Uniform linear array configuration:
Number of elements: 4
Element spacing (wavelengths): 0.5
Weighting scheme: kaiser
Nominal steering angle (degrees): -30
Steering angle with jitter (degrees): -31.324
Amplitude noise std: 0.05
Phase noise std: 0.05

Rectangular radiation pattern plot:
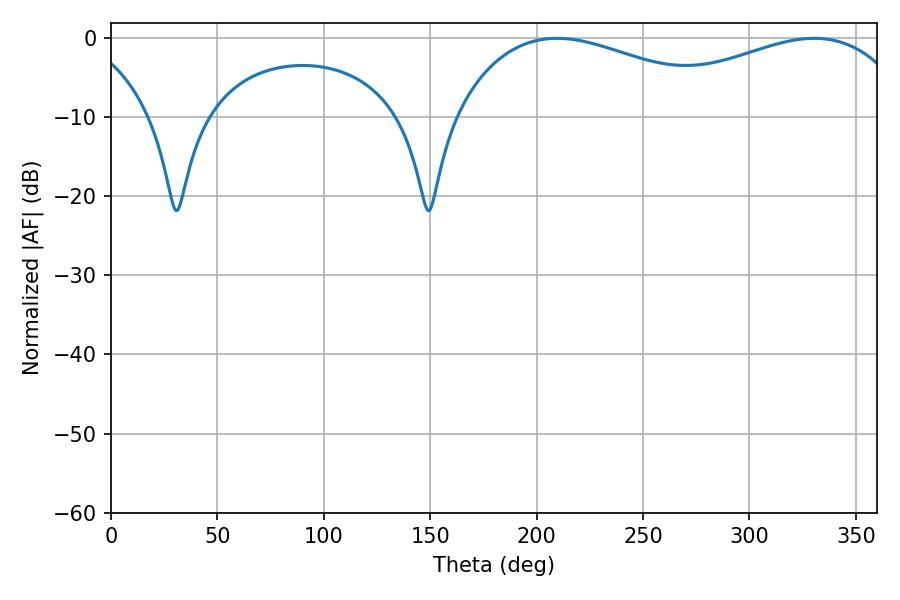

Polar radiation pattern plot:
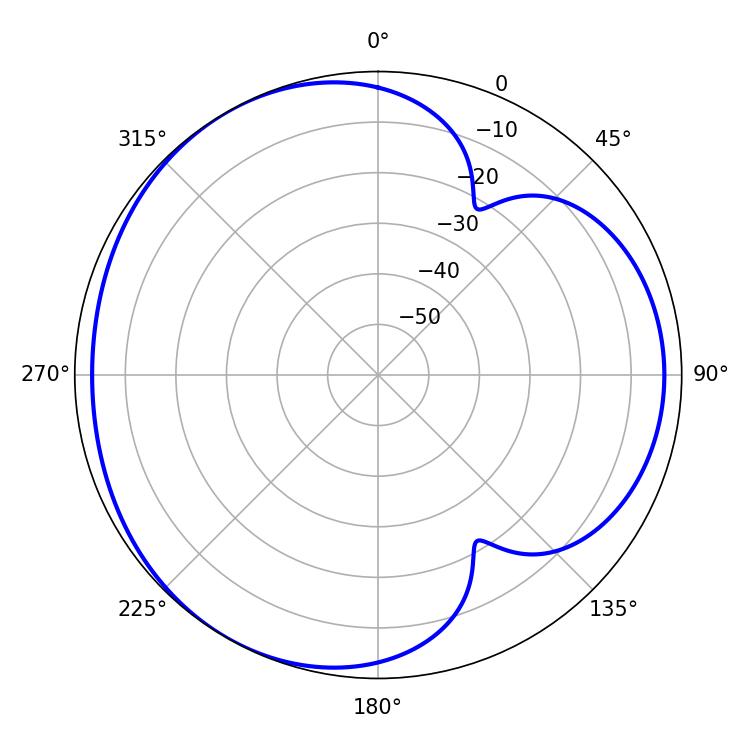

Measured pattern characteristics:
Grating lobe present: FALSE
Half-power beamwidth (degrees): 75.24
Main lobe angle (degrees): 209.52